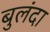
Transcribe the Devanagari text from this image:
बुलंदा